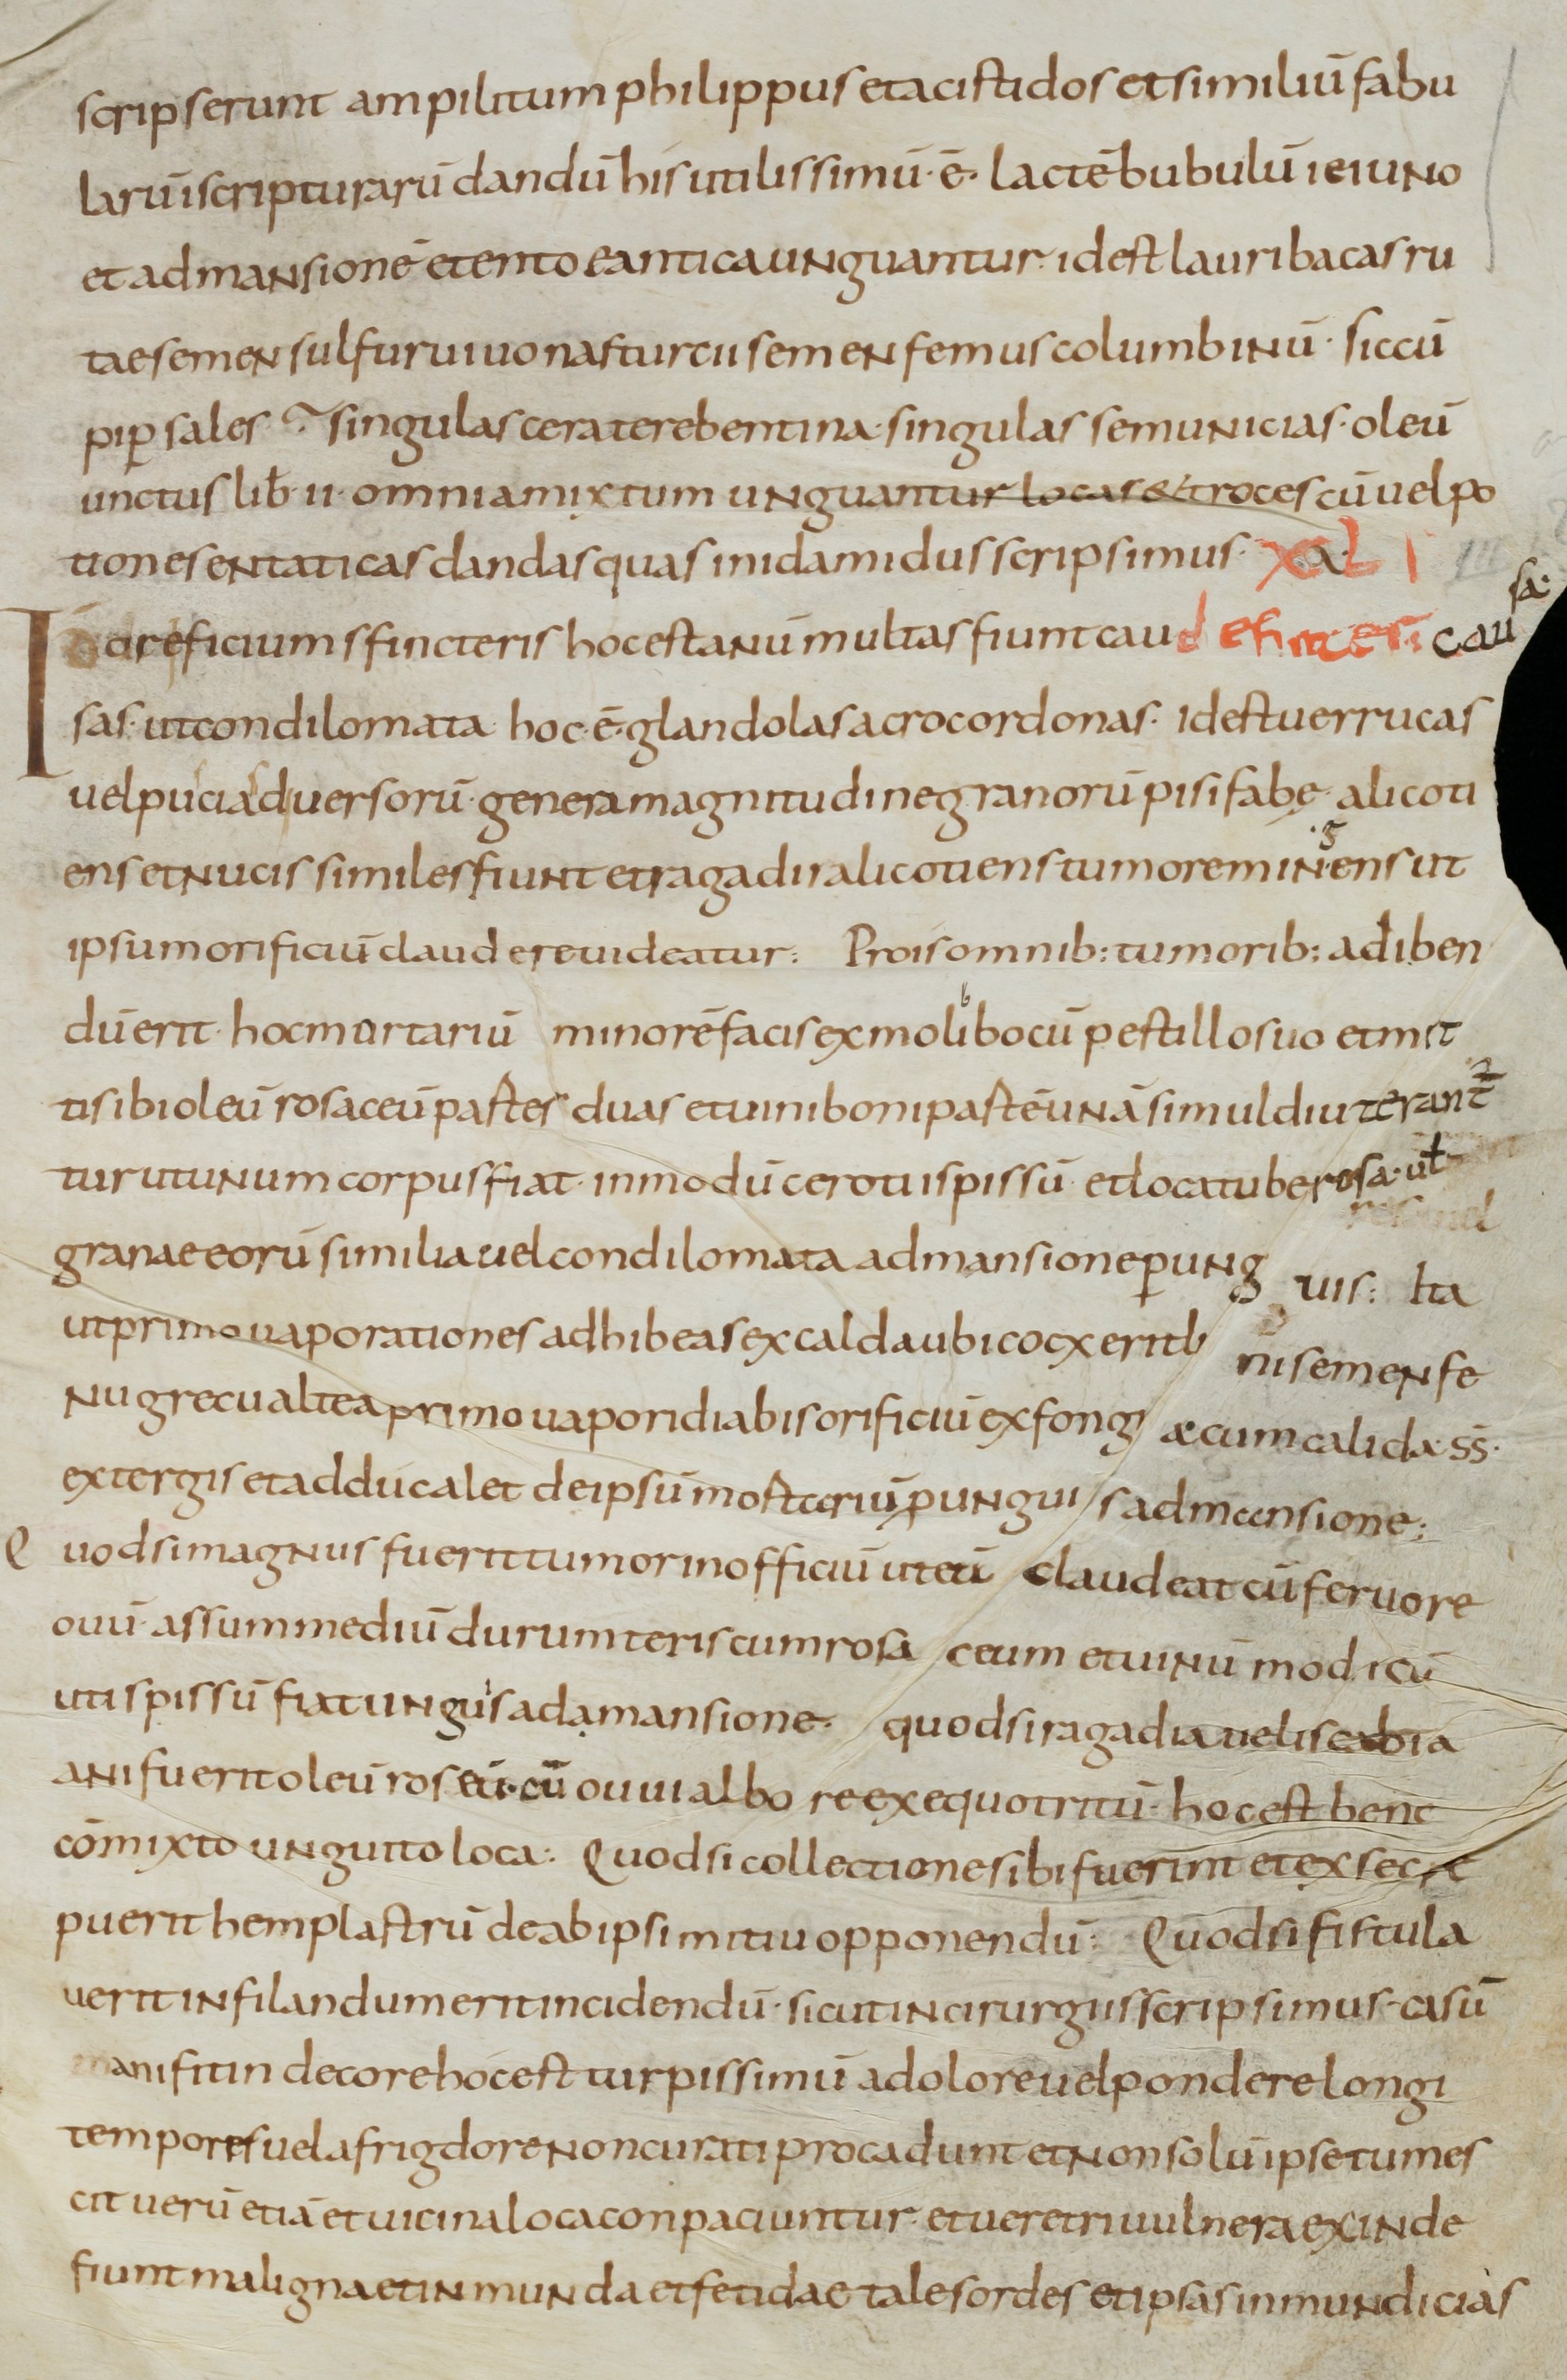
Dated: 800–899